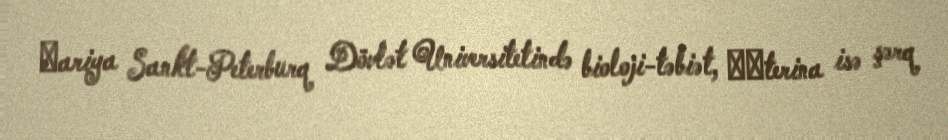
Мariya Sankt-Peterburq Dövlət Universitetində bioloji-təbiət, Каterina isə şərq